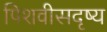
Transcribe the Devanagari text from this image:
पिशवीसदृष्य